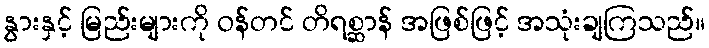
နွားနှင့် မြည်းများကို ဝန်တင် တိရစ္ဆာန် အဖြစ်ဖြင့် အသုံးချကြသည်။